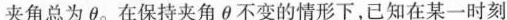
夹角总为\theta 。在保持夹角\theta 不变的情形下，已知在某一时刻